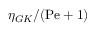
\eta _ { G K } / ( \mathrm { P e } + 1 )